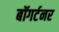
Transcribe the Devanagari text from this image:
बॉगर्टनर